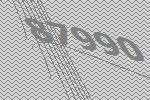
87990